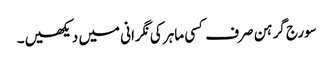
سورج گرہن صرف کسی ماہر کی نگرانی میں دیکھیں۔